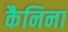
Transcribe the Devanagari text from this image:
कैनिना